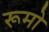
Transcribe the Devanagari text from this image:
रूमो